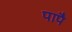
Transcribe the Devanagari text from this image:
पापै